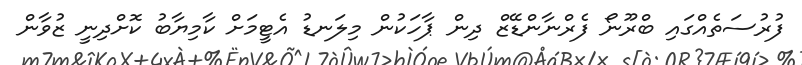
ފުރުސަތެއްގައި ބްރޫނޯ ފެރްނާންޑޭޒް ދިން ޕާހަކުން މިލަނޑު އެޓީމަށް ކާމިޔާބު ކޮށްދިނީ ޒުވާން